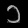
Digit: ၁